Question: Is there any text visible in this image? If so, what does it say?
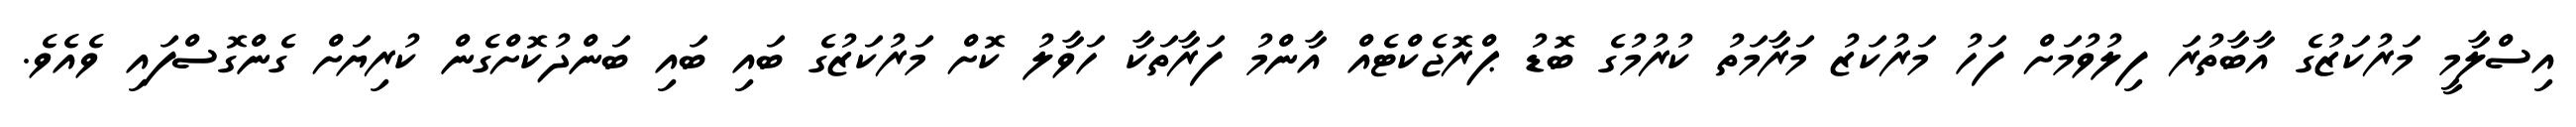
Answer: އިސްލާމީ މަރުކަޒުގެ އާބާތުރަ ފިލުވުމަށް ފަހު މަރުކަޒު މަރާމަތު ކުރުމުގެ ބޮޑު ޕްރޮޖެކްޓެއް އާންމު ފަރާތަކާ ހަވާލު ކޮށް މަރުކަޒުގެ ބައި ބައި ބަންދުކޮށްގެން ކުރިޔަށް ގެންގޮސްފައި ވެއެވެ.